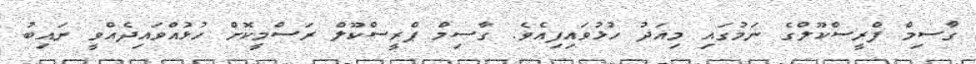
ގާސިމް ޕްރީސްކޫލްގެ ނަމުގައި މިއަދު ހުޅުވައިފިއެވެ. ގާސިމް ޕްރީސްކޫލް ރަސްމީކޮށް ހުޅުއްވައިދެއްވީ ނައިބު